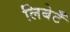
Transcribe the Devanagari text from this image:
लिबेर्टॅ